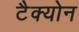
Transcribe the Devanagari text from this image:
टैक्योन